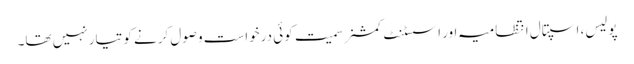
پولیس، اسپتال انتظامیہ اور اسسٹنٹ کمشنر سمیت کوئی درخواست وصول کرنے کو تیار نہیں تھا۔